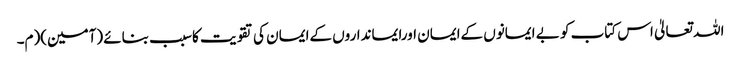
اللہ تعالیٰ اس کتاب کو بے ایمانوں کےایمان اورایمانداروں کےایمان کی تقویت کاسبب بنائے (آمین)(م۔